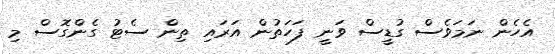
އެހެން ނަމަވެސް ގުޑީސް ވަނީ ފަހަތުން އަރައި ތިން ސެޓު ގެންގޮސް މި